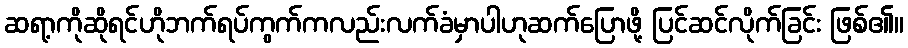
ဆရာ့ကိုဆိုရင်ဟိုဘက်ရပ်ကွက်ကလည်းလက်ခံမှာပါဟုဆက်ပြောဖို့ ပြင်ဆင်လိုက်ခြင်း ဖြစ်၏။